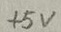
Text: +5V